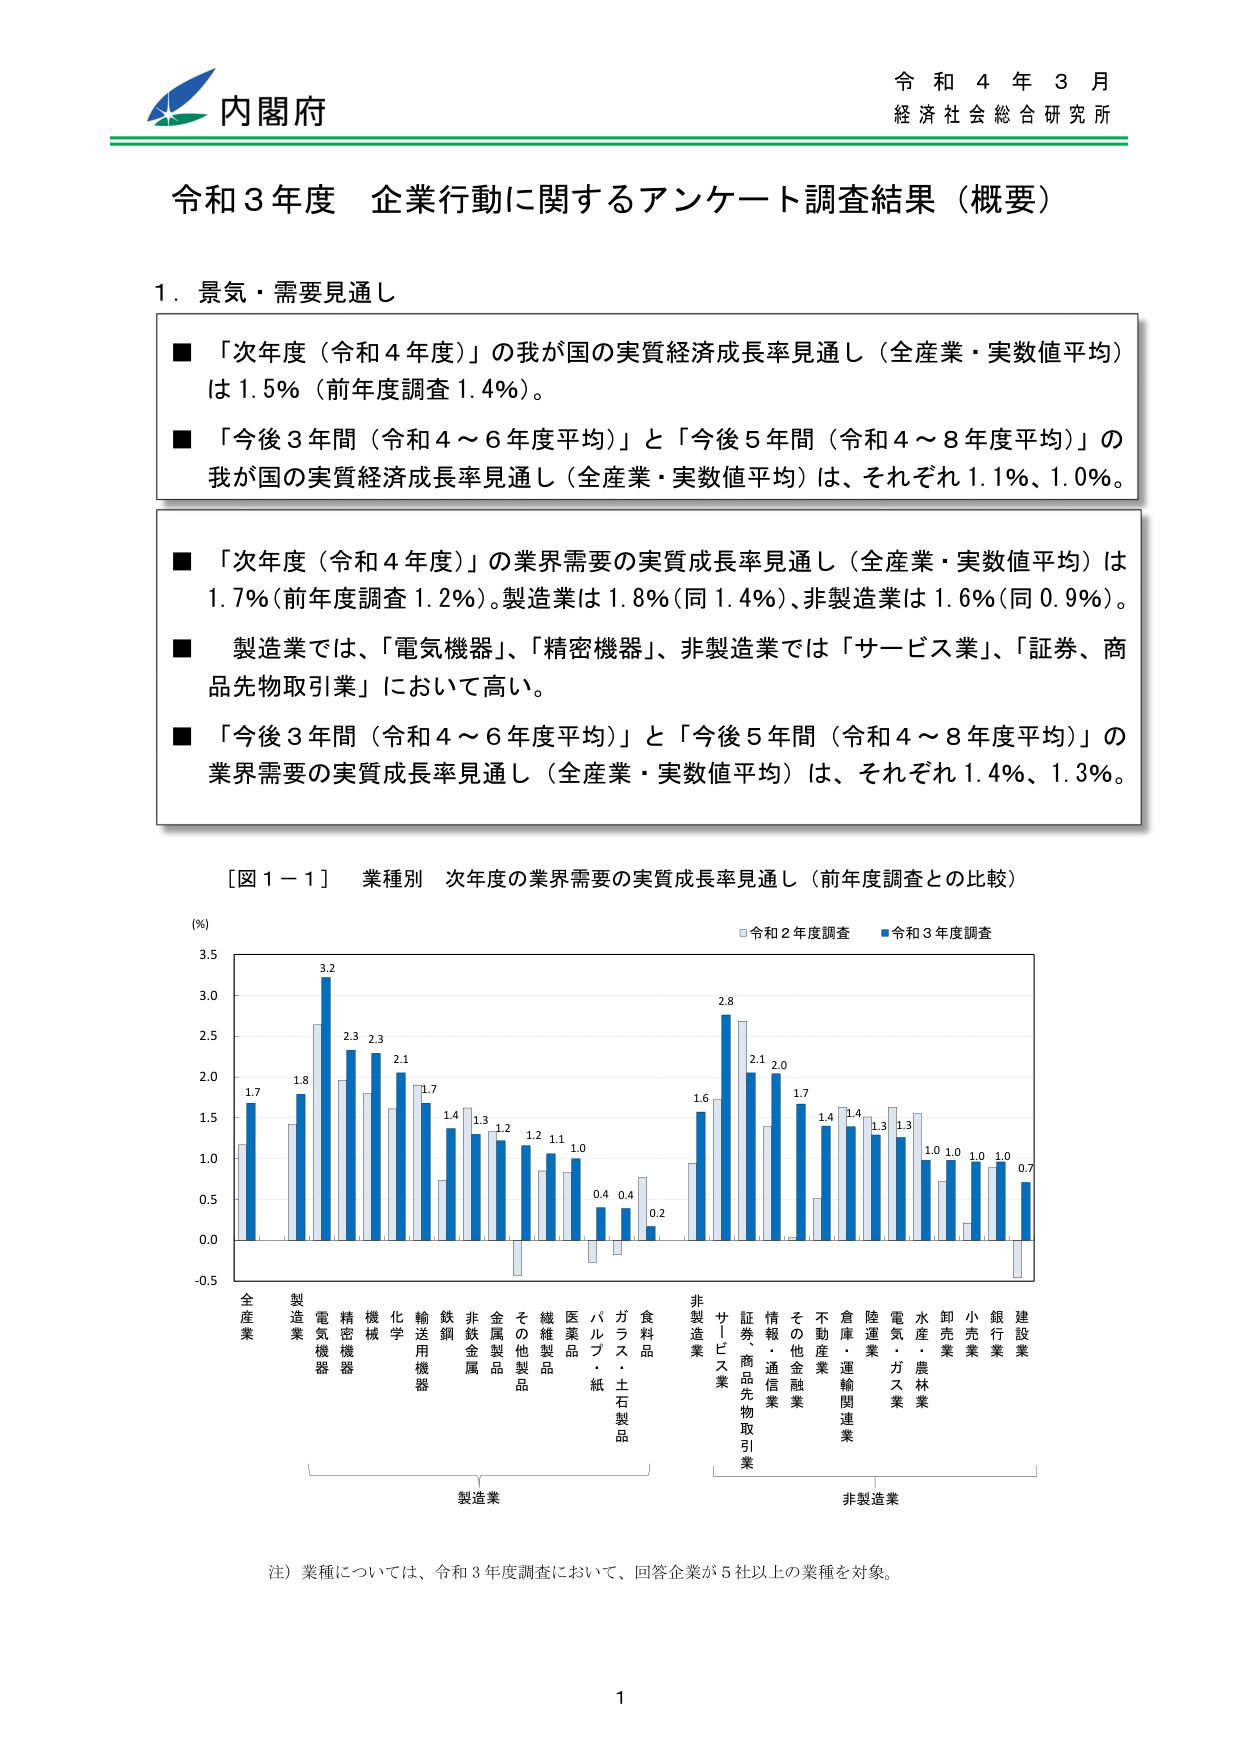
内閣府
令和4年3月
経済社会総合研究所

令和3年度 企業行動に関するアンケート調査結果（概要）

1. 景気・需要見通し

■ 「次年度（令和4年度）」の我が国の実質経済成長率見通し（全産業・実数値平均）は1.5%（前年度調査1.4%）。
■ 「今後3年間（令和4～6年度平均）」と「今後5年間（令和4～8年度平均）」の我が国の実質経済成長率見通し（全産業・実数値平均）は、それぞれ1.1%、1.0%。

■ 「次年度（令和4年度）」の業界需要の実質成長率見通し（全産業・実数値平均）は1.7%（前年度調査1.2%）。製造業は1.8%（同1.4%）、非製造業は1.6%（同0.9%）。
■ 製造業では、「電気機器」、「精密機器」、非製造業では「サービス業」、「証券、商品先物取引業」において高い。
■ 「今後3年間（令和4～6年度平均）」と「今後5年間（令和4～8年度平均）」の業界需要の実質成長率見通し（全産業・実数値平均）は、それぞれ1.4%、1.3%。

［図1－1］ 業種別 次年度の業界需要の実質成長率見通し（前年度調査との比較）

(%)
□令和2年度調査 ■令和3年度調査

3.5
3.0
2.5
2.0
1.5
1.0
0.5
0.0
-0.5

全産業 1.7
製造業 1.8
電気機器 3.2
精密機器 2.3
機械 2.3
化学 2.1
輸送用機器 1.7
鉄鋼 1.4
非鉄金属 1.3
金属製品 1.2
その他製品 1.2
繊維製品 1.1
医薬品 1.0
パルプ・紙 0.4
ガラス・土石製品 0.4
食料品 0.2
非製造業 1.6
サービス業 2.8
証券、商品先物取引業 2.1
情報・通信業 2.0
その他金融業 1.7
不動産業 1.4
倉庫・運輸関連業 1.4
陸運業 1.3
電気・ガス業 1.3
水産・農林業 1.0
卸売業 1.0
小売業 1.0
銀行業 1.0
建設業 0.7

製造業
非製造業

注）業種については、令和3年度調査において、回答企業が5社以上の業種を対象。

1